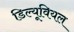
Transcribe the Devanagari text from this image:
डिल्यूवियल